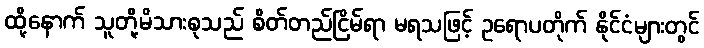
ထို့နောက် သူတို့မိသားစုသည် စိတ်တည်ငြိမ်ရာ မရသဖြင့် ဥရောပတိုက် နိုင်ငံများတွင်